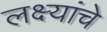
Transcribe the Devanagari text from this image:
लक्ष्यांचे